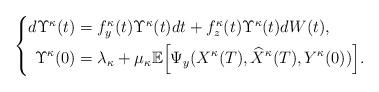
LaTeX: \begin{align*} \left\{\begin{aligned}d\Upsilon^\kappa(t)&=f_y^\kappa(t)\Upsilon^\kappa(t)dt+f_z^\kappa(t)\Upsilon^\kappa(t)dW(t),\\\Upsilon^\kappa(0)&=\lambda_\kappa+\mu_\kappa\mathbb{E}\Big[\Psi_y(X^\kappa(T), \widehat{X}^\kappa(T), Y^\kappa(0))\Big].\end{aligned}\right.\end{align*}